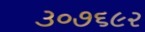
૩૦૭૬૯૨